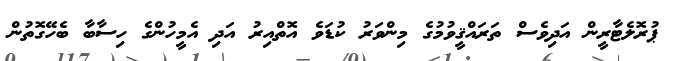
ޕުރޮލެޓާރީން އަދިވެސް ތަރައްޤީވުމުގެ މިންވަރު ކުޑަވެ އޮތްއިރު އަދި އެމީހުންގެ ހިސާބާ ބެހޭގޮތުން